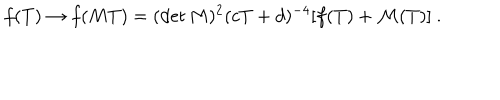
f ( T ) \rightarrow f ( M T ) = ( \det M ) ^ { 2 } ( c T + d ) ^ { - 4 } [ f ( T ) + { \cal M } ( T ) ] \ .